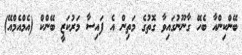
ބޭންކިންއާ ބެހޭ ގާނޫނުގައިވާ ގޮތުގެ މަތިން އެ ފައިސާ މަރުކަޒީ ބޭންކް (އެމްއެމްއޭ)